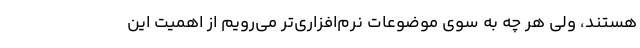
هستند، ولی هر چه به سوی موضوعات نرم‌افزاری‌تر می‌رویم از اهمیت این